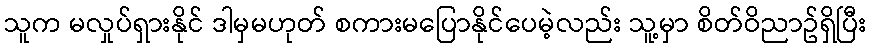
သူက မလှုပ်ရှားနိုင် ဒါမှမဟုတ် စကားမပြောနိုင်ပေမဲ့လည်း သူ့မှာ စိတ်ဝိညာဥ်ရှိပြီး